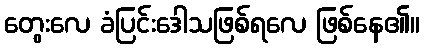
တွေးလေ ခံပြင်းဒေါသဖြစ်ရလေ ဖြစ်နေ၏။